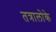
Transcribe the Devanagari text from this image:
तत्रालोके